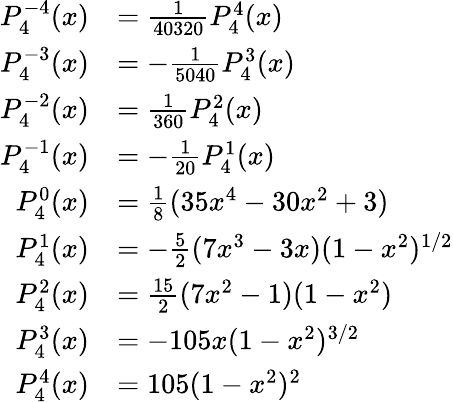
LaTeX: {\begin{array}{rl}{P_{4}^{-4}(x)}&{={\frac{1}{40320}}P_{4}^{4}(x)}\\ {P_{4}^{-3}(x)}&{=-{\frac{1}{5040}}P_{4}^{3}(x)}\\ {P_{4}^{-2}(x)}&{={\frac{1}{360}}P_{4}^{2}(x)}\\ {P_{4}^{-1}(x)}&{=-{\frac{1}{20}}P_{4}^{1}(x)}\\ {P_{4}^{0}(x)}&{={\frac{1}{8}}(35x^{4}-30x^{2}+3)}\\ {P_{4}^{1}(x)}&{=-{\frac{5}{2}}(7x^{3}-3x)(1-x^{2})^{1/2}}\\ {P_{4}^{2}(x)}&{={\frac{15}{2}}(7x^{2}-1)(1-x^{2})}\\ {P_{4}^{3}(x)}&{=-105x(1-x^{2})^{3/2}}\\ {P_{4}^{4}(x)}&{=105(1-x^{2})^{2}}\end{array}}